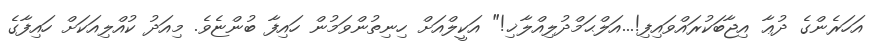
އަހަރެންގެ ދުޢާ އިޖާބަކުރައްވައިފި!...އަލްޙަމްދުލިއްލާޚި!" އަކީލްއަށް ހިނިތުންވަމުން ހައިފާ ބުންޏެވެ. މިއަދު ކުއްލިއަކަށް ހައިފާގެ